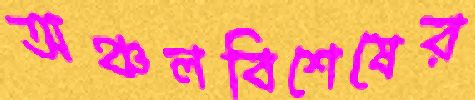
অঞ্চলবিশেষের